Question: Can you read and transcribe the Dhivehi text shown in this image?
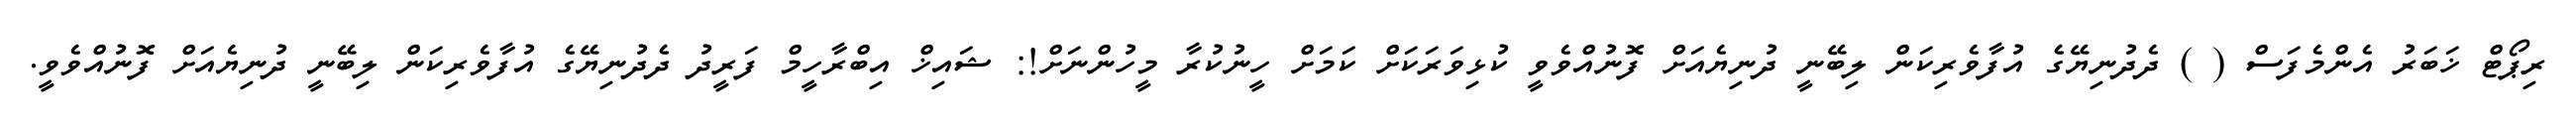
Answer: ރިޕޯޓް ޚަބަރު އެންމެފަސް ( ) ދެދުނިޔޭގެ އުފާވެރިކަން ލިބޭނީ ދުނިޔެއަށް ފޮނުއްވެވީ ކުޅިވަރަކަށް ކަމަށް ހީނުކުރާ މީހުންނަށް!: ޝައިޚް އިބްރާހީމް ފަރީދު ދެދުނިޔޭގެ އުފާވެރިކަން ލިބޭނީ ދުނިޔެއަށް ފޮނުއްވެވީ.